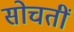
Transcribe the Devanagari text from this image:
सोचतीं